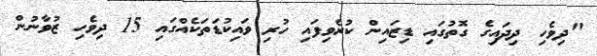
"ދިވެހި ދިދައިގެ ގޮތުގައި ޑިޒައިން ކުރެވިފައި ހުރި ވައިކުޑަތަކެއްގައި 15 ދިވެހި ޒުވާނުން